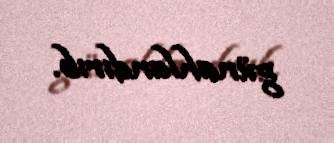
günahlandırıb.